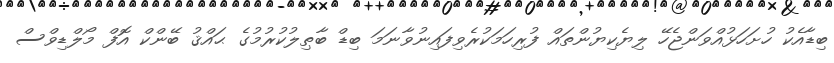
ބިޑާއެކު ހުށަހަޅުއްވަންޖެހޭ ލިޔެކިޔުންތައް ފުރިހަމަކުރެވިފައިނުވާނަމަ ބިޑް ބާޠިލުކުރުމުގެ ޙައްޤު ބޭންކް އޮފް މޯލްޑިވްސް